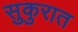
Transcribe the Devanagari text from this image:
सुकुरात